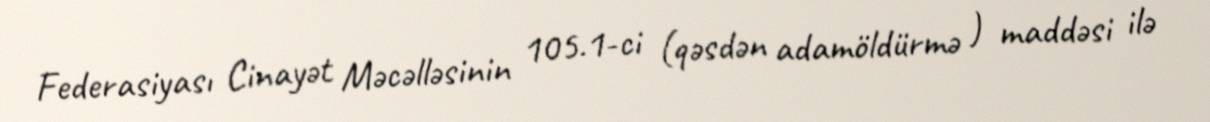
Federasiyası Cinayət Məcəlləsinin 105.1-ci (qəsdən adamöldürmə ) maddəsi ilə